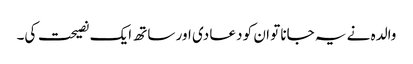
والدہ نے یہ جانا تو ان کو دعا دی اور ساتھ ایک نصیحت کی۔